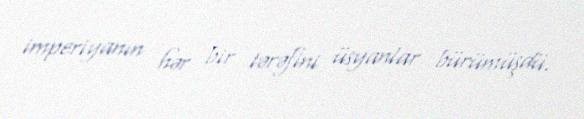
imperiyanın hər bir tərəfini üsyanlar bürümüşdü.